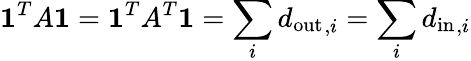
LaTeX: \mathbf{1}^{T}A\mathbf{1}=\mathbf{1}^{T}A^{T}\mathbf{1}=\sum_{i}{d_{\mathrm{out}}}_{,i}=\sum_{i}{d_{\mathrm{in}}}_{,i}